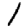
Digit: 1